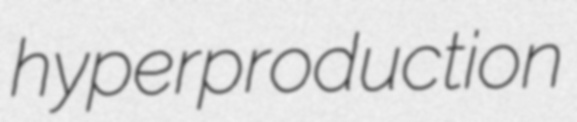
hyperproduction